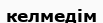
келмедім